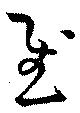
慰